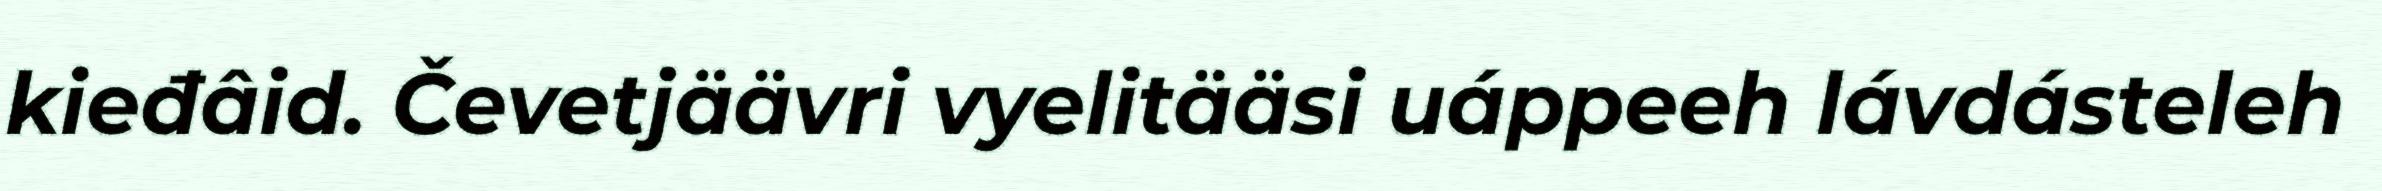
kieđâid. Čevetjäävri vyelitääsi uáppeeh lávdásteleh